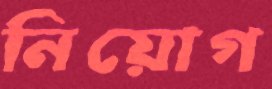
নিয়োগ